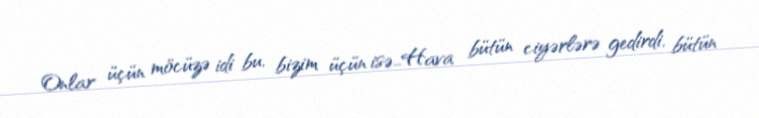
Onlar üçün möcüzə idi bu, bizim üçün isə…Hava bütün ciyərlərə gedirdi, bütün